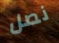
نصل